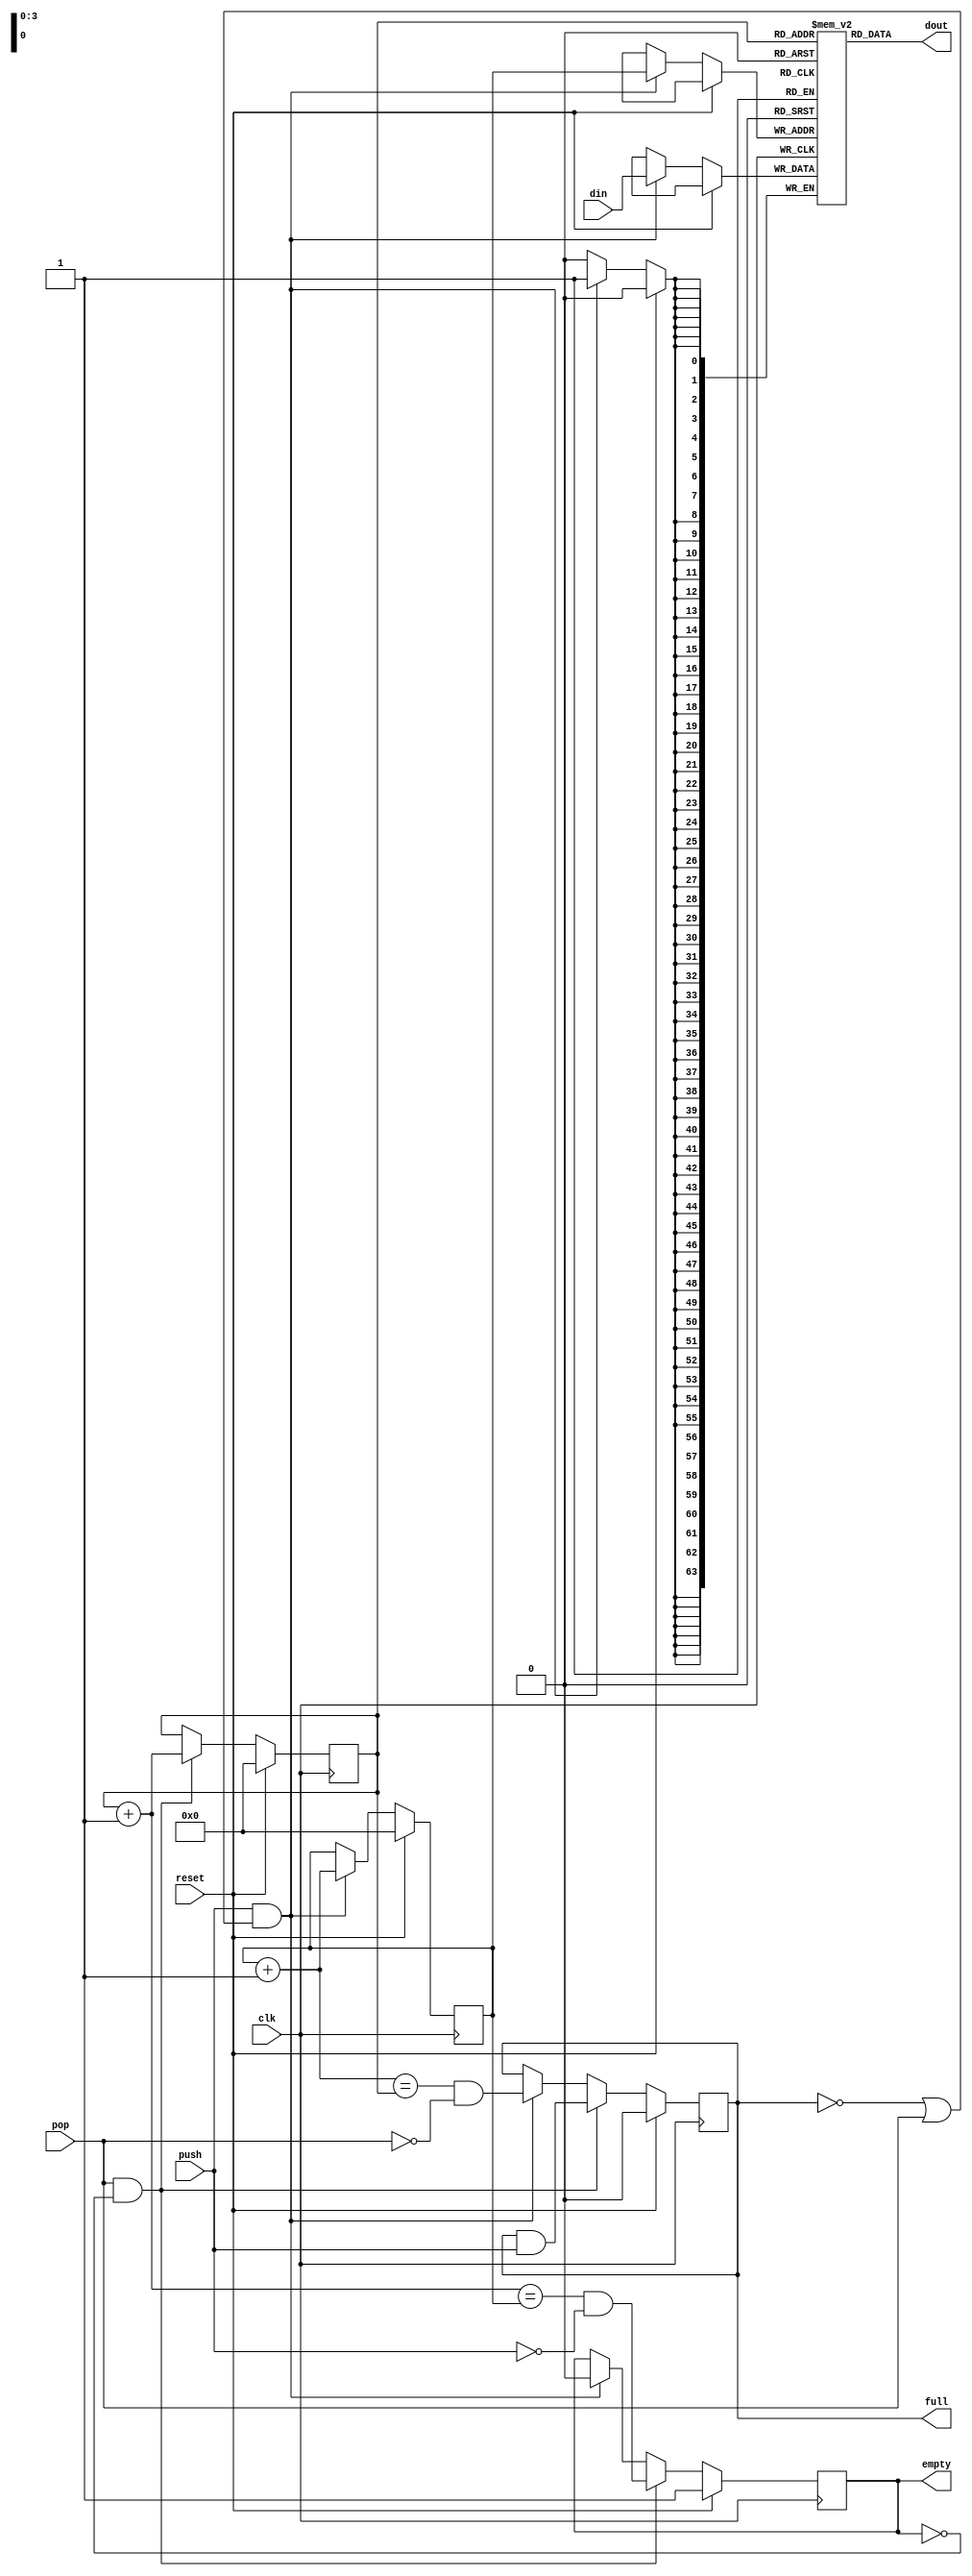
`timescale 1ns/100ps

module fifo #(
    parameter DWIDTH     = 64,
    parameter LOG2_DEPTH = 4
) (
    input [DWIDTH-1:0]  din,
    input               push,
    output              full,

    output [DWIDTH-1:0] dout,
    input               pop,
    output              empty,
        
    input               clk,
    input               reset
);

reg [DWIDTH-1:0]        ram [(1 << LOG2_DEPTH)-1:0];
reg [LOG2_DEPTH-1:0]    wptr;
wire [LOG2_DEPTH-1:0]   wptr_next;
reg [LOG2_DEPTH-1:0]    rptr;
wire [LOG2_DEPTH-1:0]   rptr_next;
reg                     empty_r;
reg                     full_r;
reg [DWIDTH-1:0]        dout_r;

always @(posedge clk)
    if (reset) begin
        wptr    <= {LOG2_DEPTH{1'b0}};
        rptr    <= {LOG2_DEPTH{1'b0}};
        empty_r <= 1'b1;
        full_r  <= 1'b0;
    end else begin
        if (push && (!full || pop)) begin
            wptr      <= wptr_next;
            ram[wptr] <= din;
            empty_r   <= 1'b0;
            full_r    <= (wptr_next == rptr) && !pop;
        end

        if (pop && !empty) begin
            rptr   <= rptr_next;
            full_r <= full_r && push;
            empty_r <= (rptr_next == wptr) && !push;
        end
    end

assign rptr_next = rptr + 1;
assign wptr_next = wptr + 1;
assign dout  = ram[rptr];
assign empty = empty_r;
assign full  = full_r;

endmodule